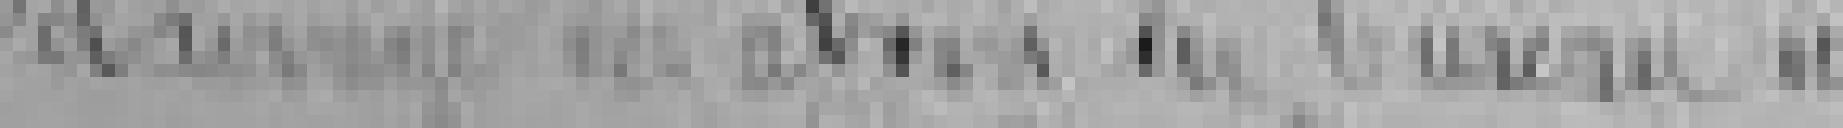
Eclairage des ?? du bureau ??